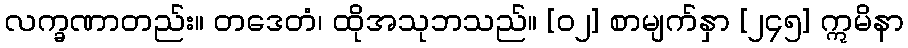
လက္ခဏာတည်း။ တဒေတံ၊ ထိုအသုဘသည်။ [၀၂] စာမျက်နှာ [၂၄၅] ဣမိနာ